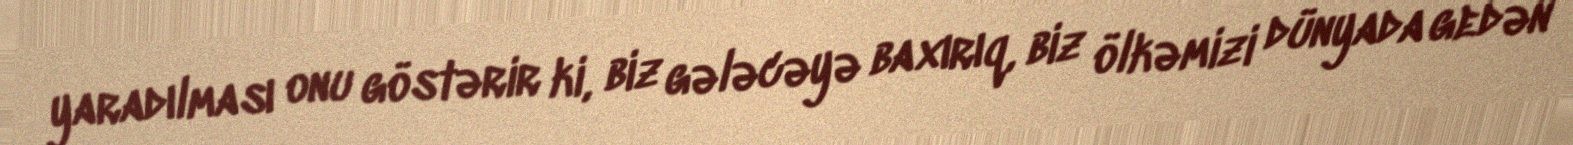
yaradılması onu göstərir ki, biz gələcəyə baxırıq, biz ölkəmizi dünyada gedən